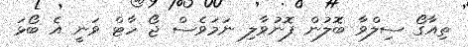
ތިއާގޯ ސިލްވާ ބޮލުން ފޮނުވާލި ނަމަވެސް ޖޯ ހާޓް ވަނީ އެ ބޯޅަ